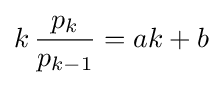
k\,{\frac {p_{k}}{p_{k-1}}}=ak+b